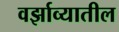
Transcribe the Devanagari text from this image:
वर्झाव्यातील